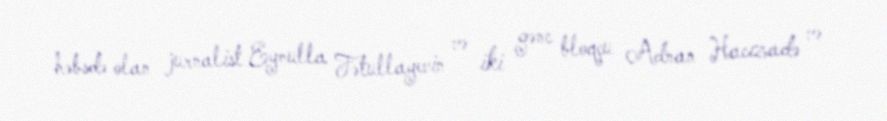
həbsdə olan jurnalist Eynulla Fətullayevin və iki gənc bloqçu Adnan Hacızadə və